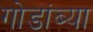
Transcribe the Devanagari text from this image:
गोडांब्या